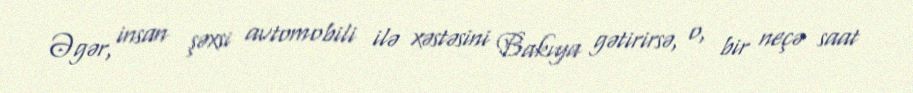
Əgər, insan şəxsi avtomobili ilə xəstəsini Bakıya gətirirsə, o, bir neçə saat